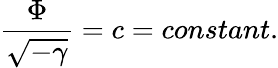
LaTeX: \frac{\Phi}{\sqrt{-\gamma}}=c=constant.